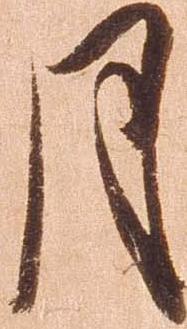
月